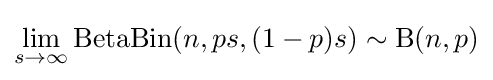
\lim _{s\rightarrow \infty }\mathrm {BetaBin} (n,ps,(1-p)s)\sim \mathrm {B} (n,p)